Report on leprosy in the North-Western Provinces
Disease focus: Leprosy
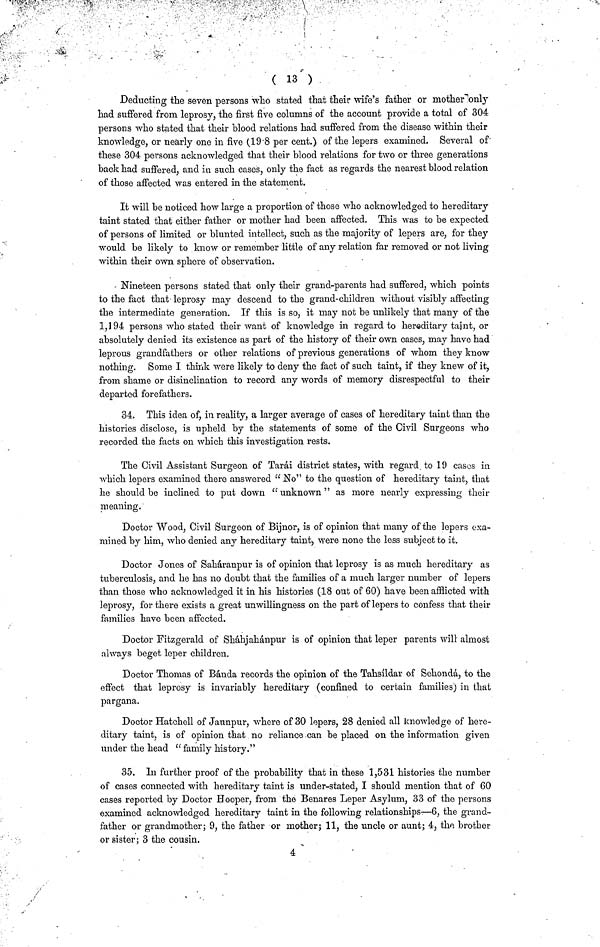
(13)
Deducting the seven persons who stated that their wife's father or mother only
had suffered from leprosy, the first five columns of the account provide a total of 304
persons who stated that their blood relations had suffered from the disease within their
knowledge, or nearly one in five (19.8 per cent.) of the lepers examined. Several of
these 304 persons acknowledged that their blood relations for two or three generations
back had suffered, and in such cases, only the fact as regards the nearest blood relation
of those affected was entered in the statement.
It will be noticed how large a proportion of those who acknowledged to hereditary
taint stated that either father or mother had been affected. This was to be expected
of persons of limited or blunted intellect, such as the majority of lepers are, for they
would be likely to know or remember little of any relation far removed or not living
within their own sphere of observation.
Nineteen persons stated that only their grand-parents had suffered, which points
to the fact that' leprosy may descend to the grand-children without visibly affecting
the intermediate generation. If this is so, it may not be unlikely that many of the
1,194 persons who stated their want of knowledge in regard to hereditary taint, or
absolutely denied its existence as part of the history of their own cases, may have had
leprous grandfathers or other relations of previous generations of whom they know
nothing. Some I think were likely to deny the fact of such taint, if they knew of it,
from shame or disinclination to record any words of memory disrespectful to their
departed forefathers.
34. This idea of, in reality, a larger average of cases of hereditary taint than the
histories disclose, is upheld by the statements of some of the Civil Surgeons who
recorded the facts on which this investigation rests.
The Civil Assistant Surgeon of Tarai district states, with regard, to 19 cases in
which lepers examined there answered "No" to the question of hereditary taint, that
he should be inclined to put down "unknown" as more nearly expressing their
meaning.
Doctor Wood, Civil Surgeon of Bijnor, is of opinion that many of the lepers exa-
mined by him, who denied any hereditary taint, were none the less subject to it.
Doctor Jones of Saháranpur is of opinion that leprosy is as much hereditary as
tuberculosis, and he has no doubt that the families of a much larger number of lepers
than those who acknowledged it in his histories (18 out of 60) have been afflicted with
leprosy, for there exists a great unwillingness on the part of lepers to confess that their
families have been affected.
Doctor Fitzgerald of Sháhjahánpur is of opinion that leper parents will almost
always beget leper children.
Doctor Thomas of Bánda records the opinion of the Tahsíldar of Sehondá, to the
effect that leprosy is invariably hereditary (confined to certain families) in that
pargana.
Doctor Hatchell of Jaunpur, where of 30 lepers, 28 denied all knowledge of here-
ditary taint, is of opinion that no reliance can be placed on the information given
under the head "family history."
35. In further proof of the probability that in these 1,531 histories the number
of cases connected with hereditary taint is under-stated, I should mention that of 60
cases reported by Doctor Hooper, from the Benares Leper Asylum, 33 of the persons
examined acknowledged hereditary taint in the following relationships—6, the grand-
father or grandmother; 9, the father or mother; 11, the uncle or aunt; 4, the brother
or sister; 3 the cousin.
4